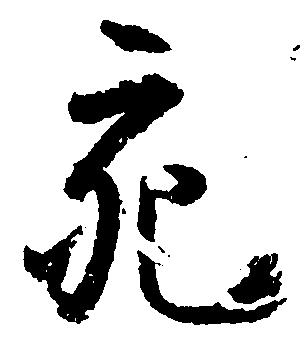
充